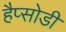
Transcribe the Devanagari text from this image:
हैप्सोडी